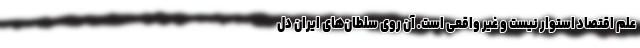
علم اقتصاد استوار نیست و غیر واقعی است. آن روی سلطان‌های ایران دل